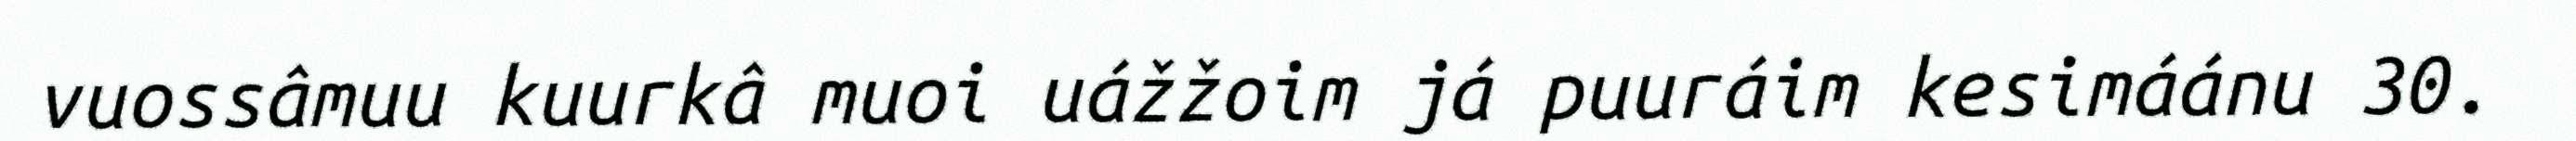
vuossâmuu kuurkâ muoi uážžoim já puuráim kesimáánu 30.